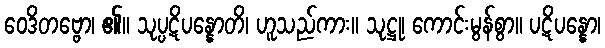
ဝေဒိတဗ္ဗော၊ ၏။ သုပ္ပဋိပန္နောတိ၊ ဟူသည်ကား။ သုဋ္ဌု၊ ကောင်းမွန်စွာ။ ပဋိပန္နော၊